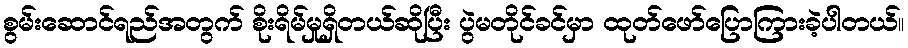
စွမ်းဆောင်ရည်အတွက် စိုးရိမ်မှုရှိတယ်ဆိုပြီး ပွဲမတိုင်ခင်မှာ ထုတ်ဖော်ပြောကြားခဲ့ပါတယ်။